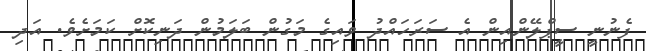
ފެނުނީ ސީޕްލޭންއިން އެ ސަރަހައްދު ވައިގެ މަގުން ބަލަމުން ދަނިކޮށް ކަމަށެވެ. އަދި